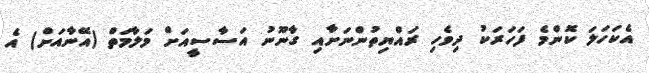
އެކަހަލަ ކޮންމެ ފަހަރަކު ދިވެހި ރައްޔިތުންނަށާއި ގާނޫނު އަސާސީއަށް މަލާމަތް (އޭނާއަށް) އެ